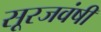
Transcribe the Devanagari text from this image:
सूरजवंषी